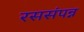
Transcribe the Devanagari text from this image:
रससंपन्न